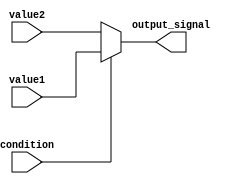
module conditional_assignment (
    input wire condition,      // Input condition signal
    input wire [7:0] value1,  // Input value if condition is true
    input wire [7:0] value2,  // Input value if condition is false
    output wire [7:0] output_signal // Output signal
);

// Continuous assignment using the ternary operator
assign output_signal = condition ? value1 : value2;

endmodule